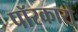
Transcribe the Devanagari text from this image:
पॉरकारो